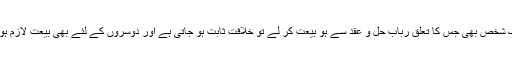
کہ اگر ایک شخص بھی جس کا تعلق رباب حل و عقد سے ہو بیعت کر لے تو خلافت ثابت ہو جاتی ہے اور دوسروں کے لئے بھی بیعت لازم ہو جاتی ہے۔